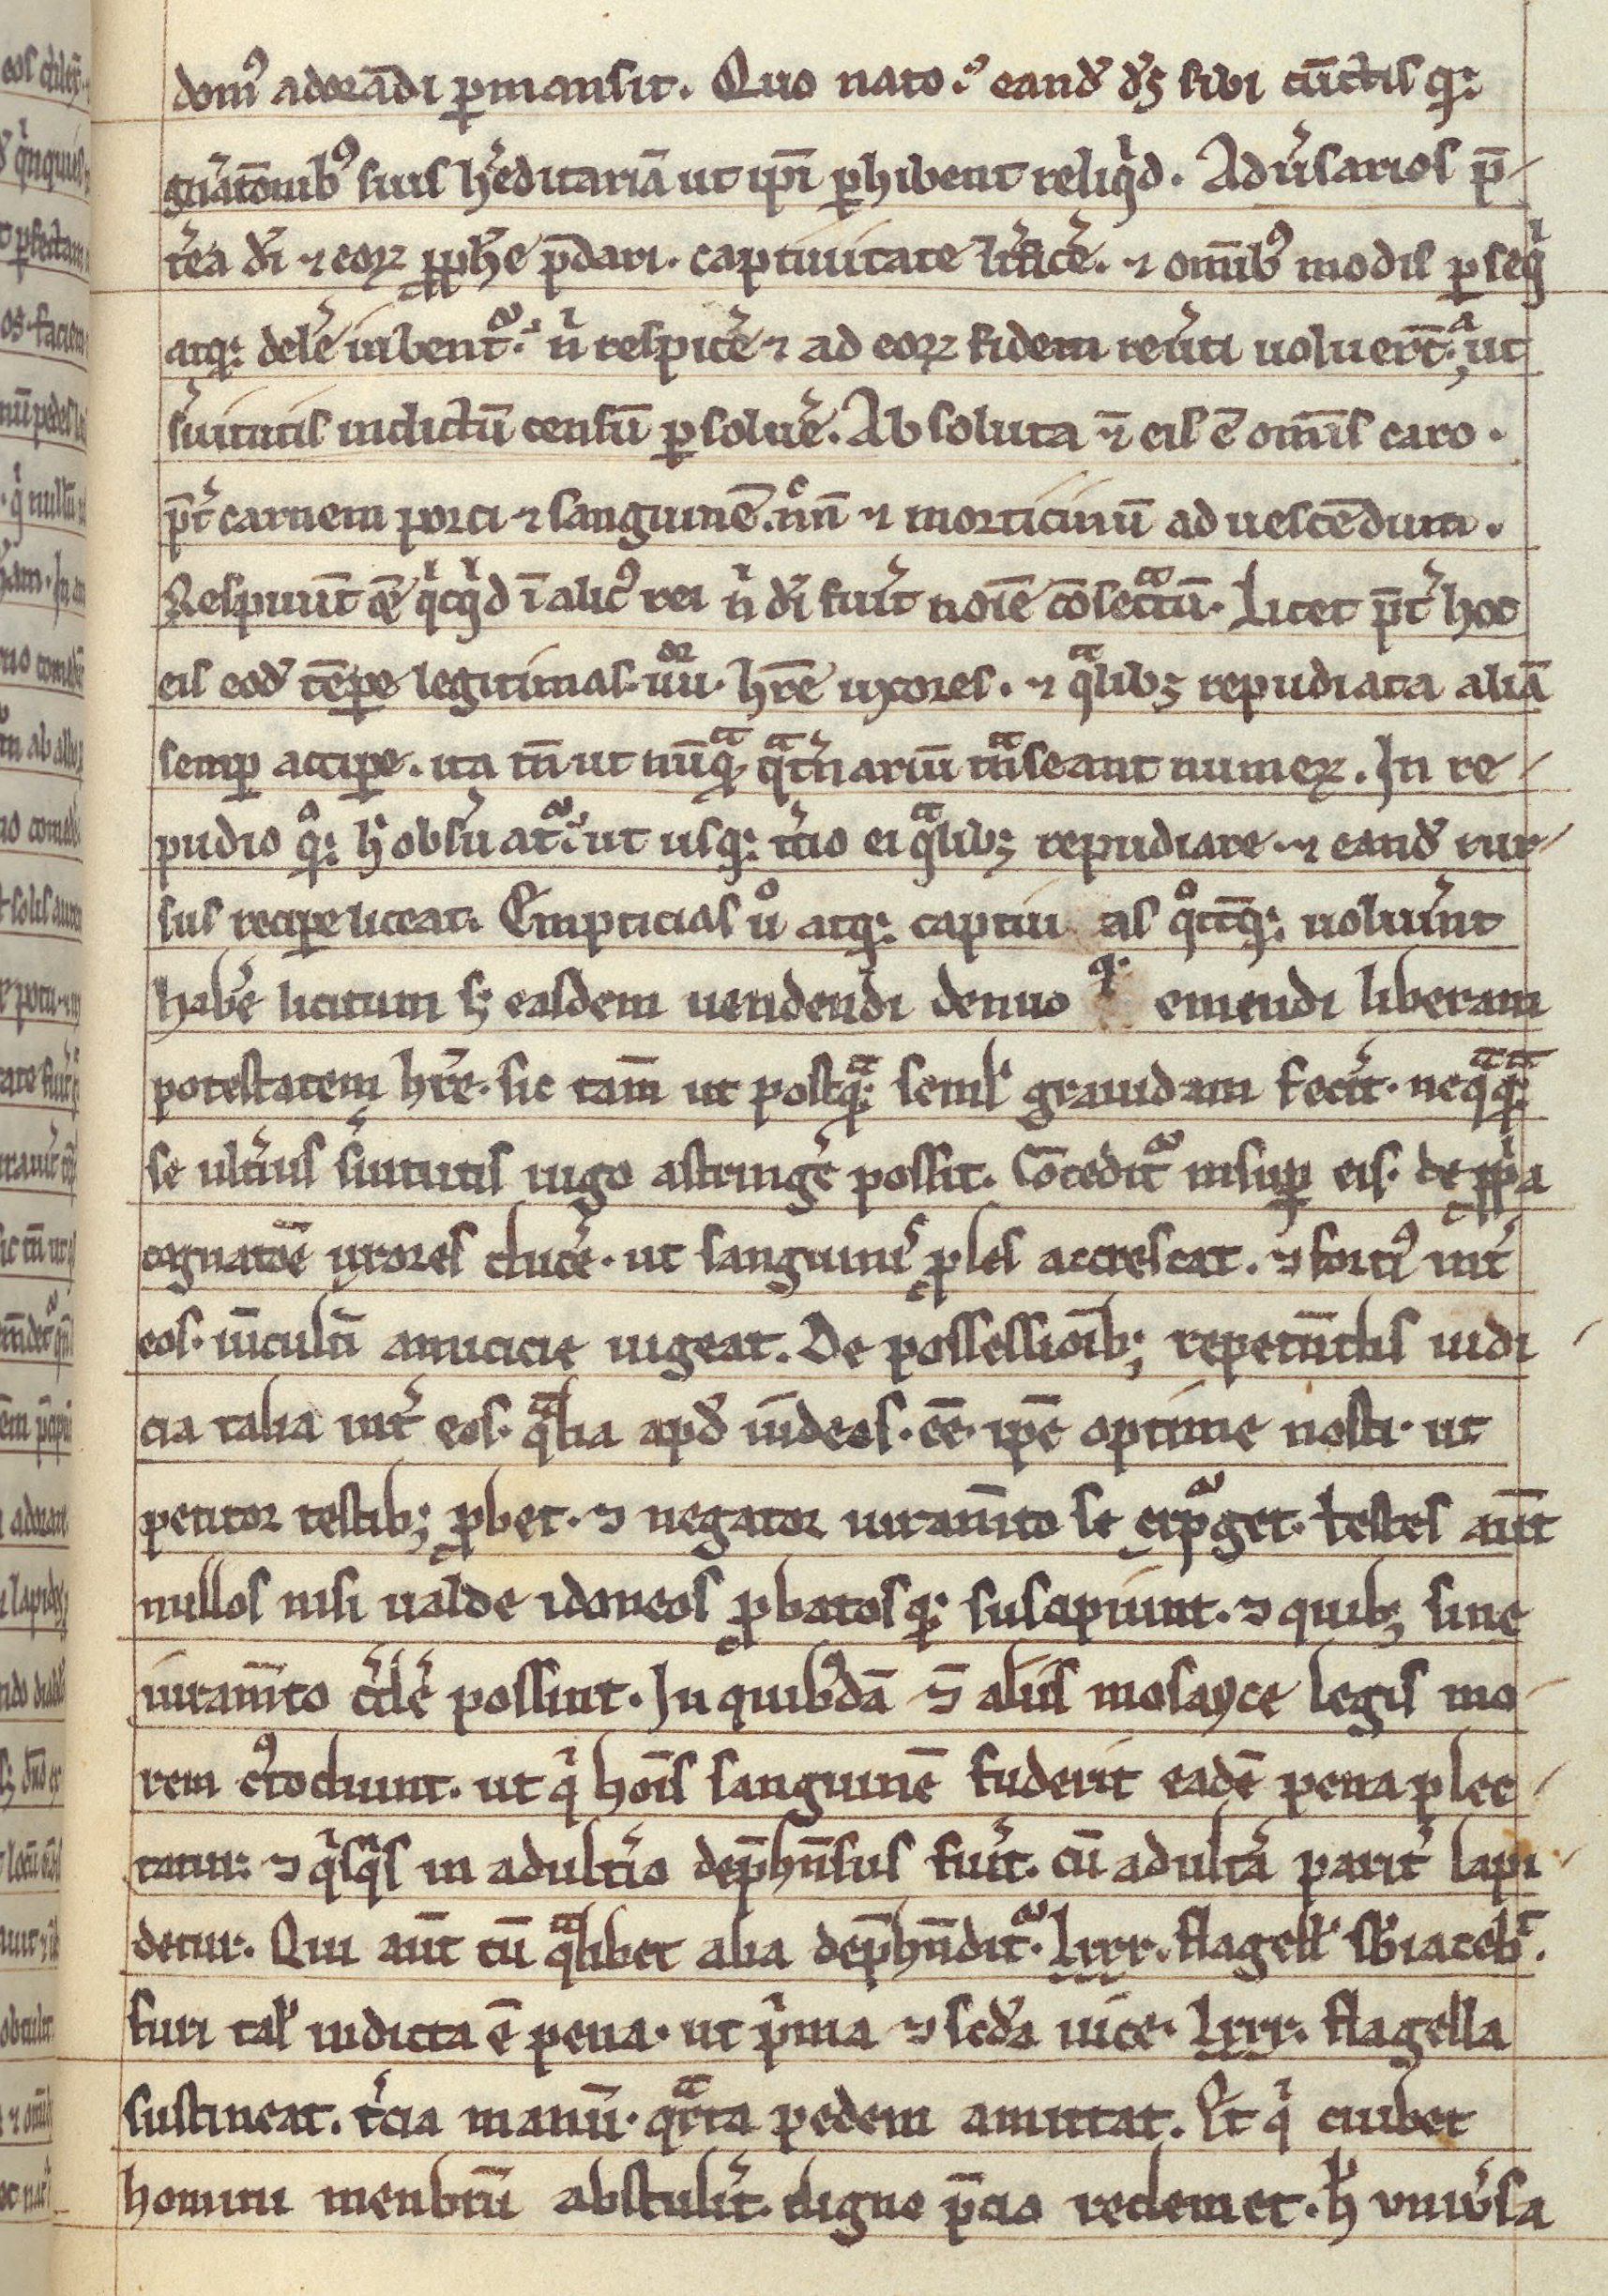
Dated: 1200–1299